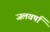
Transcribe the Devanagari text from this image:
जलवर्षा